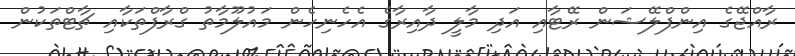
ރާއްޖޭގެ އިންފްލޭޝަން ރޭޓާއި އަދި މާލީ ދާއިރާގެ އެހެނިހެން މައުލޫމާތު ގްރާފްތަކާއި ޗާޓްތަކުން